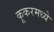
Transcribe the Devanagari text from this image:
कूकरमध्ये